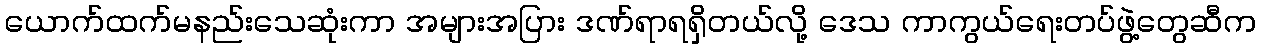
ယောက်ထက်မနည်းသေဆုံးကာ အများအပြား ဒဏ်ရာရရှိတယ်လို့ ဒေသ ကာကွယ်ရေးတပ်ဖွဲ့တွေဆီက